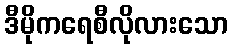
ဒီမိုကရေစီလိုလားသော